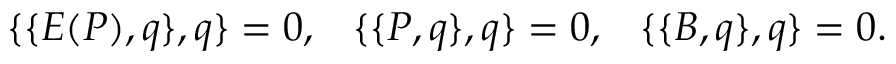
\{ \{ E ( P ) , q \} , q \} = 0 , \; \; \; \{ \{ P , q \} , q \} = 0 , \; \; \; \{ \{ B , q \} , q \} = 0 .